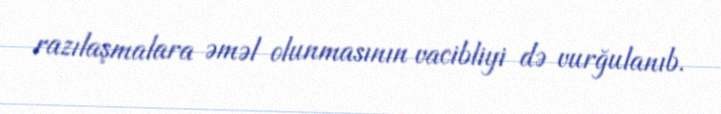
razılaşmalara əməl olunmasının vacibliyi də vurğulanıb.